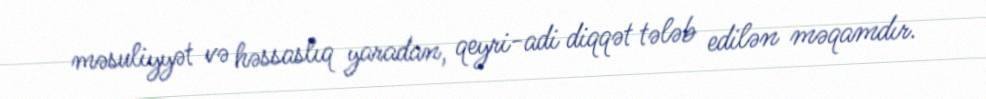
məsuliyyət və həssaslıq yaradan, qeyri-adi diqqət tələb edilən məqamdır.